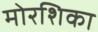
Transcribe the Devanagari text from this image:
मोरशिका